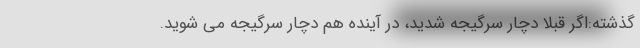
گذشته:اگر قبلا دچار سرگیجه شدید، در آینده هم دچار سرگیجه می شوید.